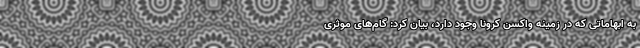
به ابهاماتی که در زمینه واکسن کرونا وجود دارد، بیان کرد: گام‌های موثری